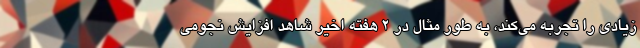
زیادی را تجربه می‌کند، به طور مثال در 2 هفته اخیر شاهد افزایش نجومی